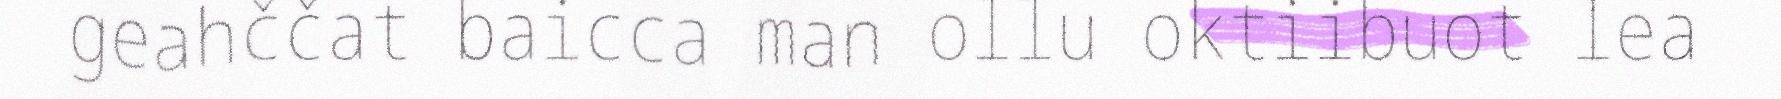
geahččat baicca man ollu oktiibuot lea